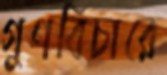
গুণবিচারে